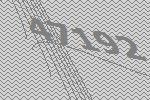
47192